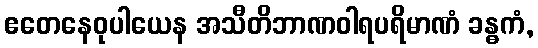
ဧတေနေဝုပါယေန အသီတိဘာဏဝါရပရိမာဏံ ခန္ဓကံ,